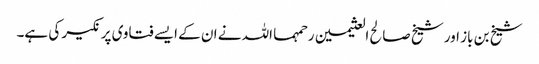
شیخ بن باز اور شیخ صالح العثیمین رحمہما اللہ نے ان کے ایسے فتاوی پر نکیر کی ہے۔